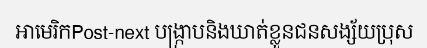
អាមេរិកPost-next បង្ក្រាបនិងឃាត់ខ្លួនជនសង្ស័យប្រុស